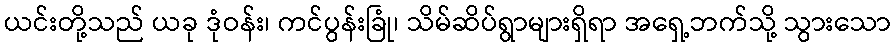
ယင်းတို့သည် ယခု ဒုံဝန်း၊ ကင်ပွန်းခြုံ၊ သိမ်ဆိပ်ရွာများရှိရာ အရှေ့ဘက်သို့ သွားသော